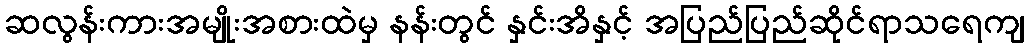
ဆလွန်းကားအမျိုးအစားထဲမှ နန်းတွင် နှင်းအိနှင့် အပြည်ပြည်ဆိုင်ရာသရေကျ